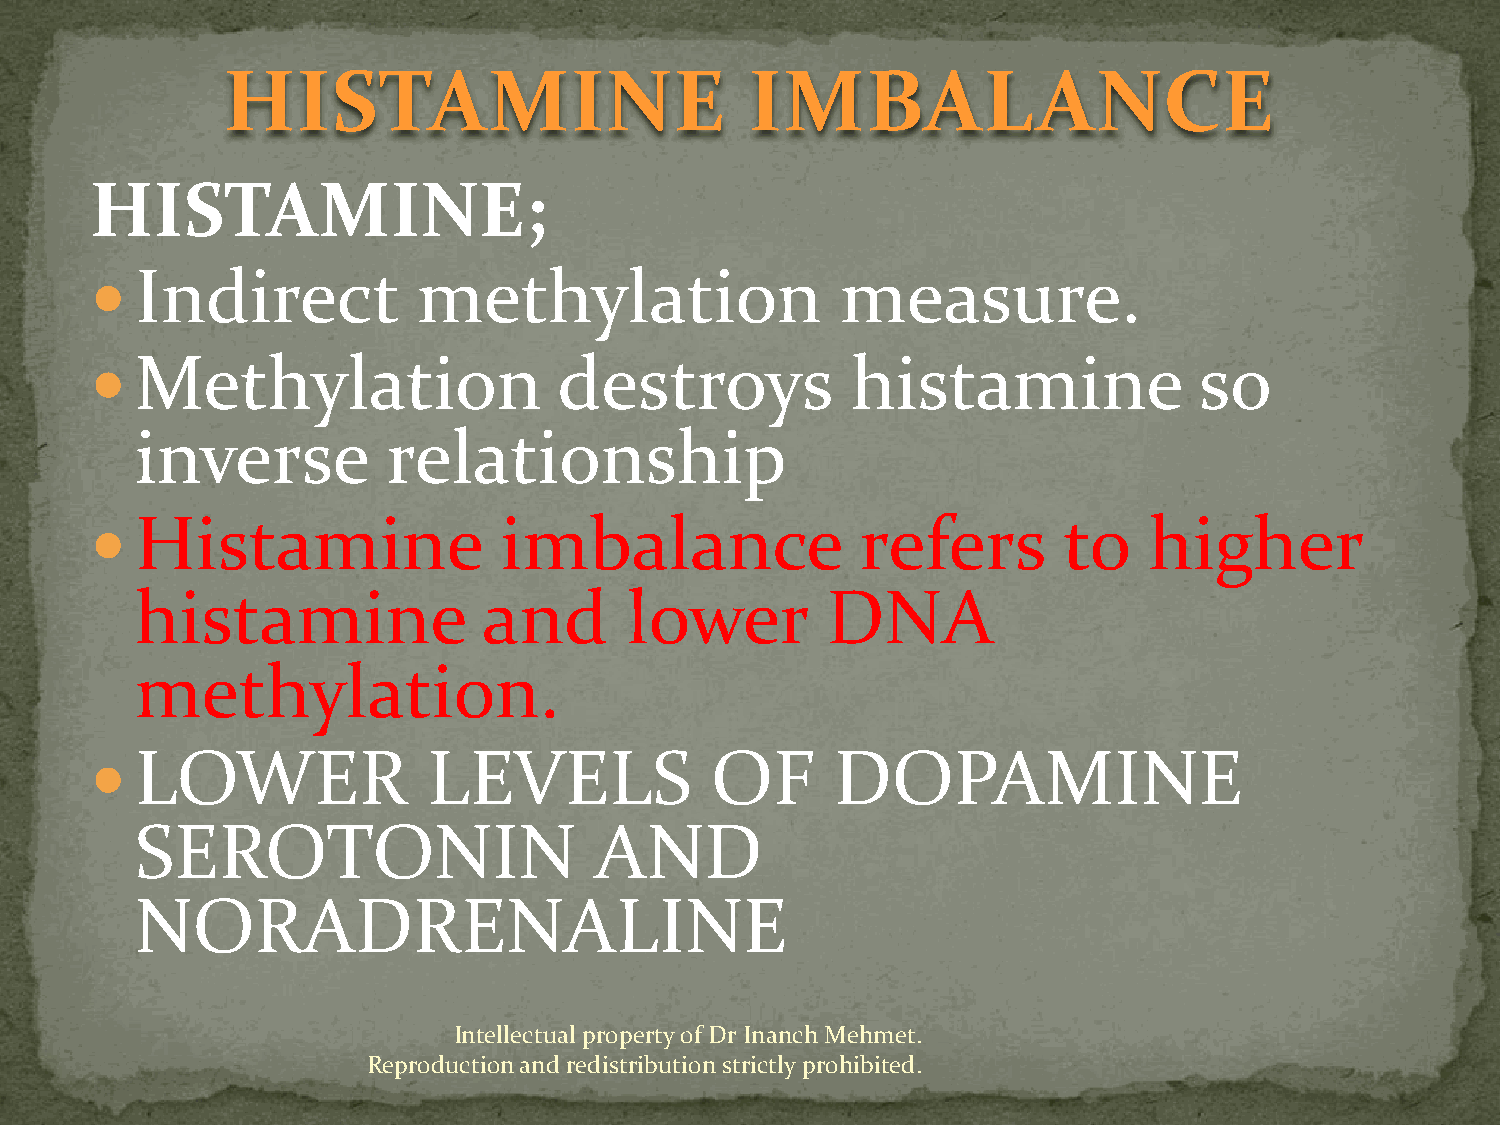
HISTAMINE                          IMBALANCE
 HISTAMINE;
   Indirect           methylation                 measure.
   Methylation                 destroys           histamine              so
 inverse          relationship
   Histamine               imbalance               refers       to    higher
 histamine              and       lower        DNA
 methylation.
   LOWER              LEVELS             OF      DOPAMINE
 SEROTONIN                     AND
 NORADRENALINE
 Intellectual property of Dr Inanch Mehmet.
 Reproduction and redistribution strictly prohibited.